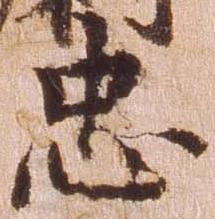
忠